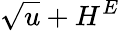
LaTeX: \sqrt{u}+H^{E}